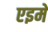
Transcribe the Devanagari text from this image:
एइमे